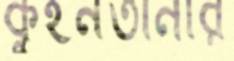
কুইনতানার